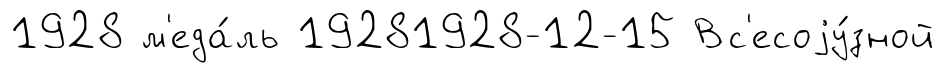
1928 м'еда́ль 19281928-12-15 Вс'есоjу́зной